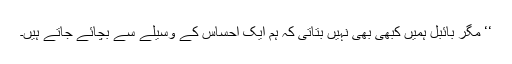
‘‘ مگر بائبل ہمیں کبھی بھی نہیں بتاتی کہ ہم ایک احساس کے وسیلے سے بچائے جاتے ہیں۔